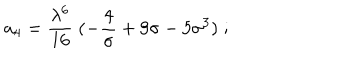
a _ { 4 } = { \frac { \lambda ^ { 6 } } { 1 6 } } \; ( - { \frac { 4 } { \sigma } } + 9 \sigma - 5 \sigma ^ { 3 } ) \; ;